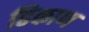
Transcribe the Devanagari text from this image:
ढिकाण